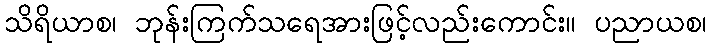
သိရိယာစ၊ ဘုန်းကြက်သရေအားဖြင့်လည်းကောင်း။ ပညာယစ၊